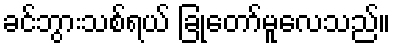
ခင်ဘွားသစ်ရယ် ခြုံတော်မူလေသည်။